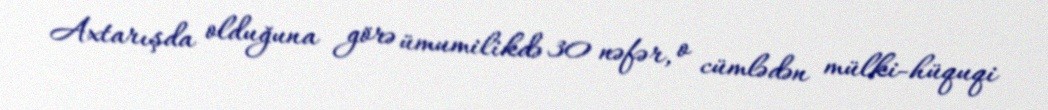
Axtarışda olduğuna görə ümumilikdə 30 nəfər, o cümlədən mülki-hüquqi